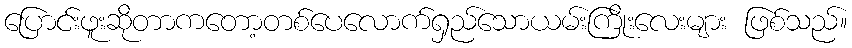
ပြောင်းဖူးဆိုတာကတော့တစ်ပေလောက်ရှည်သောယမ်းကြိုးလေးများ ဖြစ်သည်။